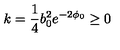
k = \frac { 1 } { 4 } b _ { 0 } ^ { 2 } e ^ { - 2 \phi _ { 0 } } \ge 0